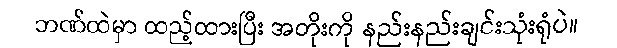
ဘဏ်ထဲမှာ ထည့်ထားပြီး အတိုးကို နည်းနည်းချင်းသုံးရုံပဲ။